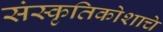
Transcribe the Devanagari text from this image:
संस्कृतिकोशाचे